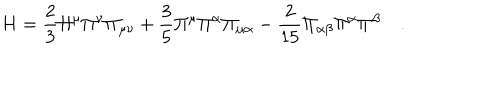
H = \frac { 2 } { 3 } \Pi ^ { \mu } \Pi ^ { \nu } \Pi _ { \mu \nu } + \frac { 3 } { 5 } \Pi ^ { \mu } \Pi ^ { \alpha } \Pi _ { \mu \alpha } - \frac { 2 } { 1 5 } \Pi _ { \alpha \beta } \Pi ^ { \alpha } \Pi ^ { \beta } \quad .